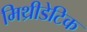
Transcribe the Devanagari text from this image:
मिथ्रीडेटिक